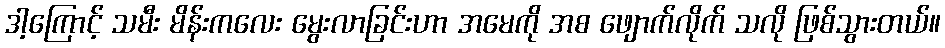
ဒါ့ကြောင့် သမီး မိန်းကလေး မွေးလာခြင်းဟာ အမေကို အစ ဖျောက်လိုက် သလို ဖြစ်သွားတယ်။